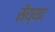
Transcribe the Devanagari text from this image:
सैय्‌यद